system: You are a helpful assistant.
user:
Analyze the provided spectrum to determine if it is a **"Cataclysmic Variables (CV)"**.

- **Key Indicators for CV (Check for either state):**
    - **State 1: Quiescent / Low-State (Emission-Dominated)**
        - **(Primary):** Strong and *very broad* Hydrogen Balmer emission lines (e.g., $H\alpha$ at 6563 Å, $H\beta$ at 4861 Å). The 'broadness' (high velocity dispersion, often FWHM > 1000 km/s) is the key diagnostic, indicating a high-velocity accretion disk.
        - **(Secondary):** Broad neutral Helium (He I) emission lines (e.g., 5876 Å, 6678 Å).
        - **(Key Confirmation):** Presence of high-excitation *ionized* Helium (He II) emission at 4686 Å. This is a strong indicator of accretion onto a white dwarf.
        - **(Line Profile):** Emission lines may exhibit a 'double-peaked' profile, which is a classic signature of a rotating accretion disk viewed at high inclination.

    - **State 2: Outburst / High-State (Absorption-Dominated)**
        - **(Primary):** Spectrum is dominated by a bright, blue continuum (looks like a hot star).
        - **(Secondary):** The emission lines from State 1 are weak, absent, or 'filled in', and are replaced by broad, shallow *absorption* lines (primarily Balmer and He I).
        - **(Morphology):** The overall spectrum mimics a hot B/A-type star. The crucial difference is that the absorption lines are significantly broader, shallower, and more 'washed-out' (or 'smeared') than the sharp lines of a normal stellar photosphere, due to high rotational speeds and pressure broadening in the disk.

Think first, call **spectral_visualization_tool** if needed to examine features in detail, then provide your final answer. Your response must adhere to the following strict rules:
1.  **Overall Structure:** Your response must follow the format `<think>...</think> <tool_call>...</tool_call> (if a tool is used) <answer>...</answer>`.
2.  **Tool Usage Constraint:** You may only make **one** tool call per turn.
3.  **Final Answer Format:** In the `<answer>` tag, your conclusion must be inside a `\boxed{}` command (e.g., `\boxed{YES}`), followed by your justification.

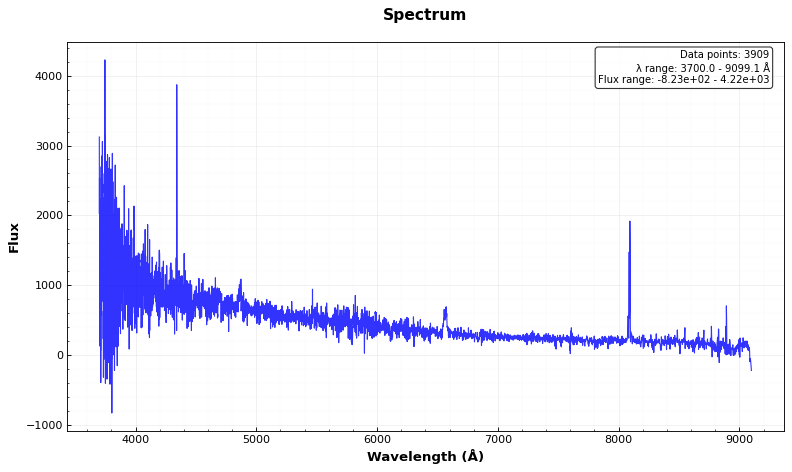
Answer: YES